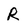
Character: R